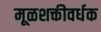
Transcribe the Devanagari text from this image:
मूळशक्तीवर्धक